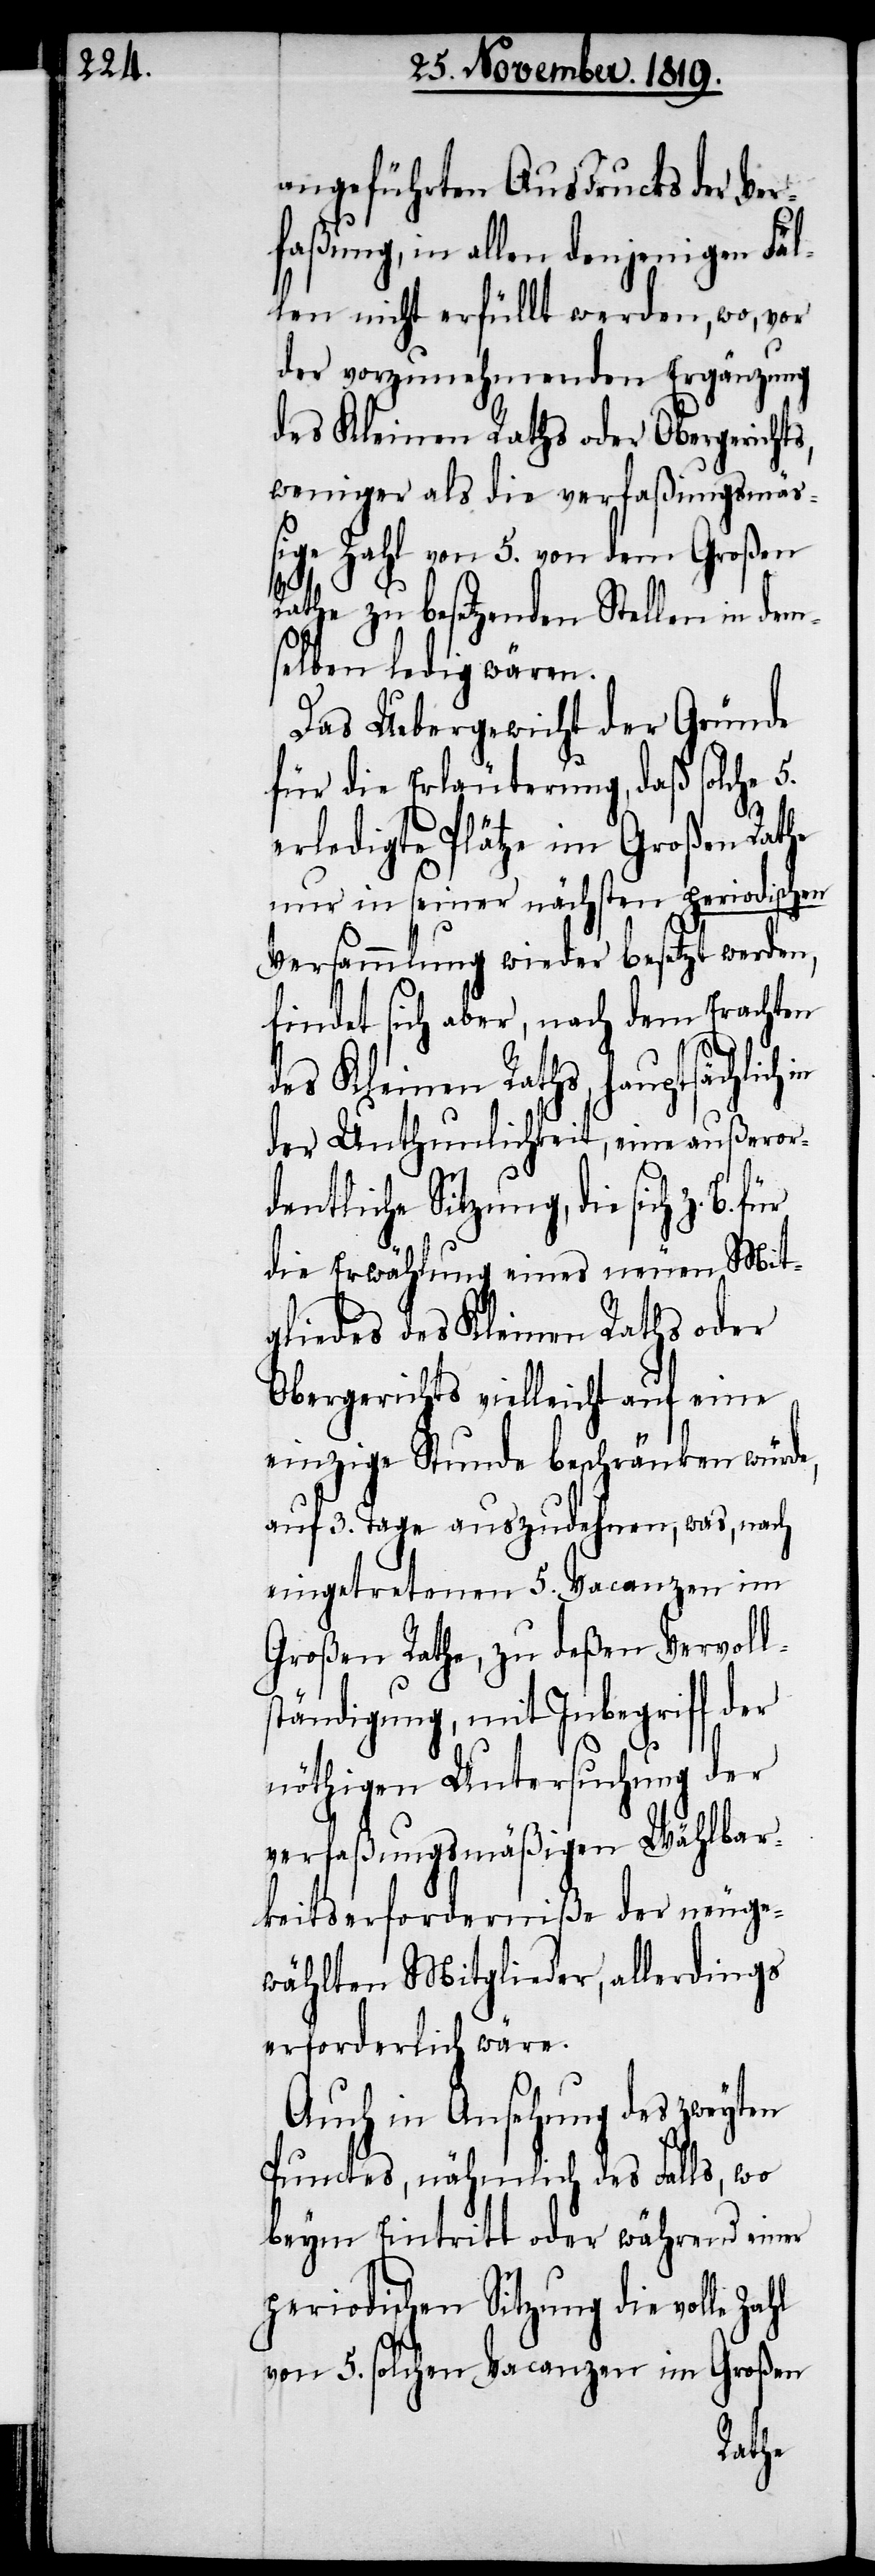
angeführten Ausdrucks der Ver¬
faßung, in allen denjenigen Fäl¬
len nicht erfüllt werden, wo, vor
der vorzunehmenden Ergänzung
des Kleinen Rathes oder Obergerichts,
weniger als die verfaßungsmäss¬
ige Zahl von 5. von dem Großen
Rathe zu besetzenden Stellen in dem¬
selben ledig wären.
Das Uebergewicht der Gründe
für die Erläuterung, daß solche 5.
erledigte Plätze im Großen Rathe
nur in seiner nächsten periodischen
Versammlung wieder besetzt werden,
findet sich aber, nach dem Erachten
des Kleinen Raths, hauptsächlich
der Unthunlichkeit, eine außeror¬
dentliche Sitzung, die sich z. B.
die Erwählung eines neuen Mit¬
gliedes des Kleinen Rathes oder
Obergerichts vielleicht auf eine
einzige Stunde beschränken würde,
auf 3. Tage auszudehnen, was, nach
eingetretenen 5. Vacanzen im
Großen Rathe, zu deßen Vervolls¬
tändigung, mit Inbegriff der
nöthigen Untersuchung der
verfaßungsmäßigen Wählbar¬
keitserforderniße der neuge¬
wählten Mitglieder, allerdings
erforderlich wäre.
Auch in Ansehung des zweyten
Punctes, nähmlich des Falls, wo
beym Eintritt oder während einer
periodischen Sitzung die volle
von 5. solchen Vacanzen im Großen